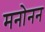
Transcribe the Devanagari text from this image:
मनोनन